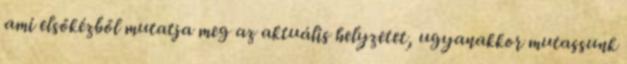
ami elsőkézből mutatja meg az aktuális helyzetet, ugyanakkor mutassunk